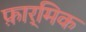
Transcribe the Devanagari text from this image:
फ़ार्मिक